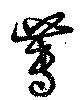
蓴